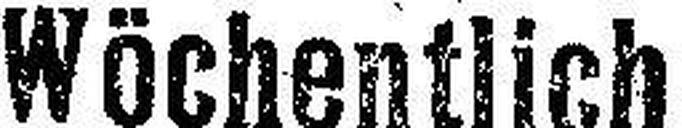
Wöchentlich